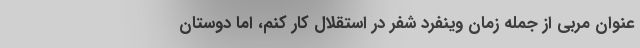
عنوان مربی از جمله زمان وینفرد شفر در استقلال کار کنم، اما دوستان